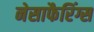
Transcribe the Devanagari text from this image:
नेसाफैरिंग्स